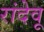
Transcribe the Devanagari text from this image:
रांदेवू